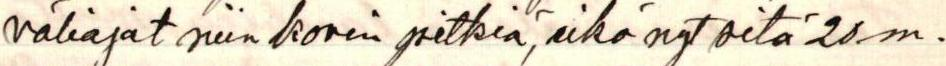
väliajat niin kovin pitkiä, eikö nyt sitä 20 m.